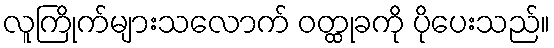
လူကြိုက်များသလောက် ဝတ္ထုခကို ပိုပေးသည်။